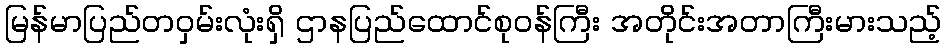
မြန်မာပြည်တဝှမ်းလုံးရှိ ဌာနပြည်ထောင်စုဝန်ကြီး အတိုင်းအတာကြီးမားသည့်